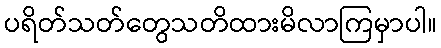
ပရိတ်သတ်တွေသတိထားမိလာကြမှာပါ။